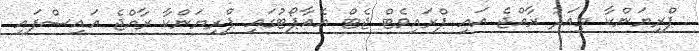
ޕްރިޔަންކާ މިއަދު ރާއްޖެ އައި ޕްރައިވެޓް ޖެޓް އެއާޕޯޓުގައި ޕްރިޔަންކާ ރާއްޖެ އައިސްފައި